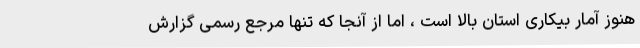
هنوز آمار بیکاری استان بالا است ، اما از آنجا که تنها مرجع رسمی گزارش